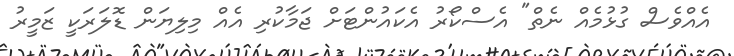
އެއްވެސް ގުޅުމެއް ނެތް" އެސްކޯރު އެކައުންޓަށް ޖަމާކުރި އެއް މިލިޔަން ޑޮލަރަކީ ޒަމީރު